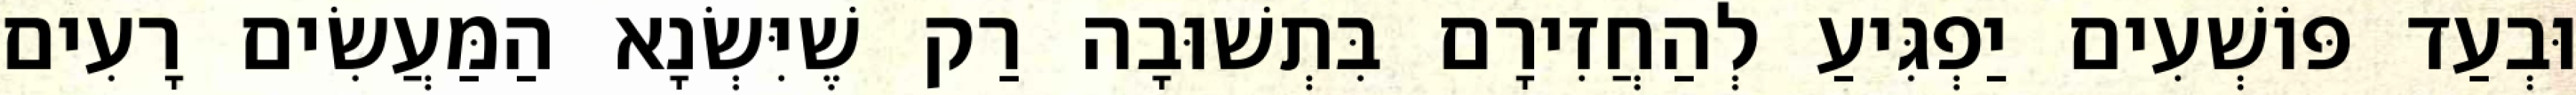
וּבְעַד פּוֹשְׁעִים יַפְגִּיעַ לְהַחֲזִירָם בִּתְשׁוּבָה רַק שֶׁיִּשְׂנָא הַמַּעֲשִׂים רָעִים